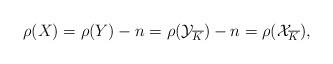
LaTeX: \begin{align*}\rho(X) = \rho(Y) - n = \rho(\mathcal{Y}_{\overline K}) - n = \rho(\mathcal{X}_{\overline K}),\end{align*}